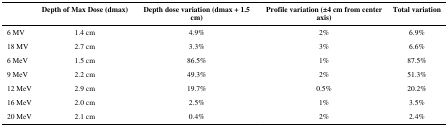
|  | Depth of Max Dose (dmax) | Depth dose variation (dmax + 1.5 cm) | Profile variation (±4 cm from center axis) | Total variation |
 | --- | --- | --- | --- | --- |
 | 6 MV | 1.4 cm | 4.9% | 2% | 6.9% |
 | 18 MV | 2.7 cm | 3.3% | 3% | 6.6% |
 | 6 MeV | 1.5 cm | 86.5% | 1% | 87.5% |
 | 9 MeV | 2.2 cm | 49.3% | 2% | 51.3% |
 | 12 MeV | 2.9 cm | 19.7% | 0.5% | 20.2% |
 | 16 MeV | 2.0 cm | 2.5% | 1% | 3.5% |
 | 20 MeV | 2.1 cm | 0.4% | 2% | 2.4% |